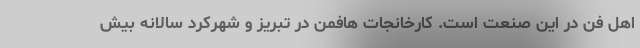
اهل فن در این صنعت است. کارخانجات هافمن در تبریز و شهرکرد سالانه بیش